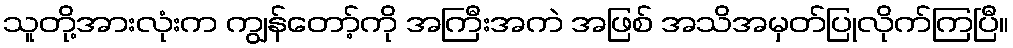
သူတို့အားလုံးက ကျွန်တော့်ကို အကြီးအကဲ အဖြစ် အသိအမှတ်ပြုလိုက်ကြပြီ။